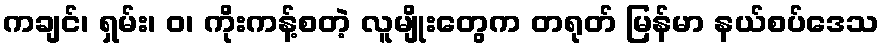
ကချင်၊ ရှမ်း၊ ဝ၊ ကိုးကန့်စတဲ့ လူမျိုးတွေက တရုတ် မြန်မာ နယ်စပ်ဒေသ